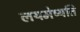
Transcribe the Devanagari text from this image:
लयमेष्यति